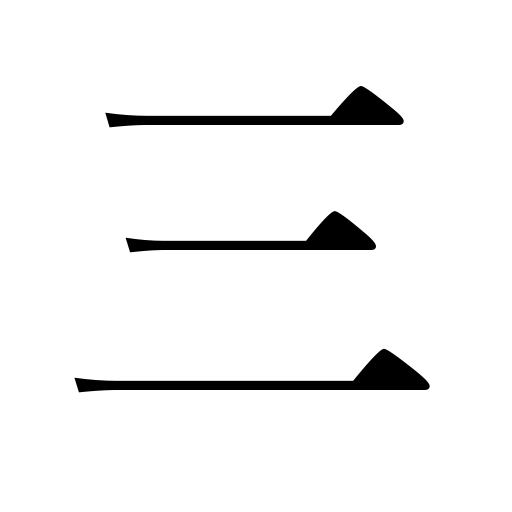
Meanings: three